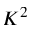
K ^ { 2 }